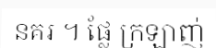
នគរ ។ ផ្លែ ក្រឡាញ់